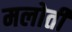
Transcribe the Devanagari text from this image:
मलोती